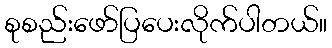
စုစည်းဖော်ပြပေးလိုက်ပါတယ်။